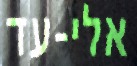
אלי-עד